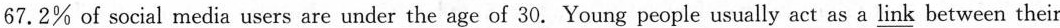
International Communication Association.Parents taught their kids almost everything when they were